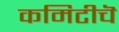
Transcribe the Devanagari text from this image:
कमिटीचॆ